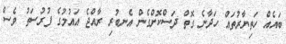
ބައެއް ހަތިޔާރުތައް ހަދާނެ ގޮތް ދަސްކޮށްގެން އެނބުރި ރާއްޖެ އައުމުގެ ފުރުސަތު ވެސް